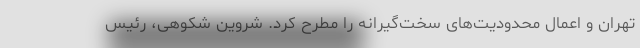
تهران و اعمال محدودیت‌های سخت‌گیرانه را مطرح کرد. شروین شکوهی، رئیس